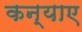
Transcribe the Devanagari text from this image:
कन्याए